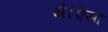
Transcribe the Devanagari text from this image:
थे।ऐसा